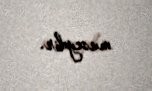
muzeydir.